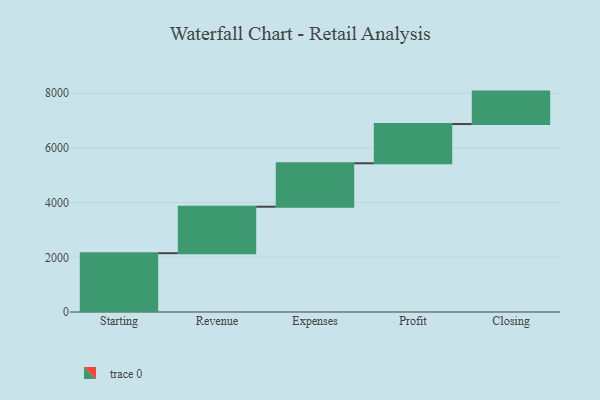
{"axis": {"x": "Step", "y": "Value"}, "legend": [""], "data": [{"x": "Starting", "y": 2150.0, "type": ""}, {"x": "Revenue", "y": 1700.0, "type": ""}, {"x": "Expenses", "y": 1588.0, "type": ""}, {"x": "Profit", "y": 1435.0, "type": ""}, {"x": "Closing", "y": 1186.0, "type": ""}]}